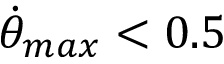
\dot { \theta } _ { m a x } < 0 . 5